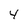
Character: 4